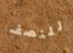
للنصف